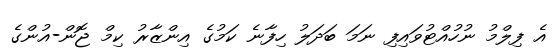
އެ ފިލްމު ނުހުއްޓުވައިފި ނަމަ ބަދަލު ހިފާނެ ކަމުގެ އިންޒާރު ކިމް ޖޮން-އުންގެ